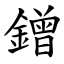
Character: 鏳